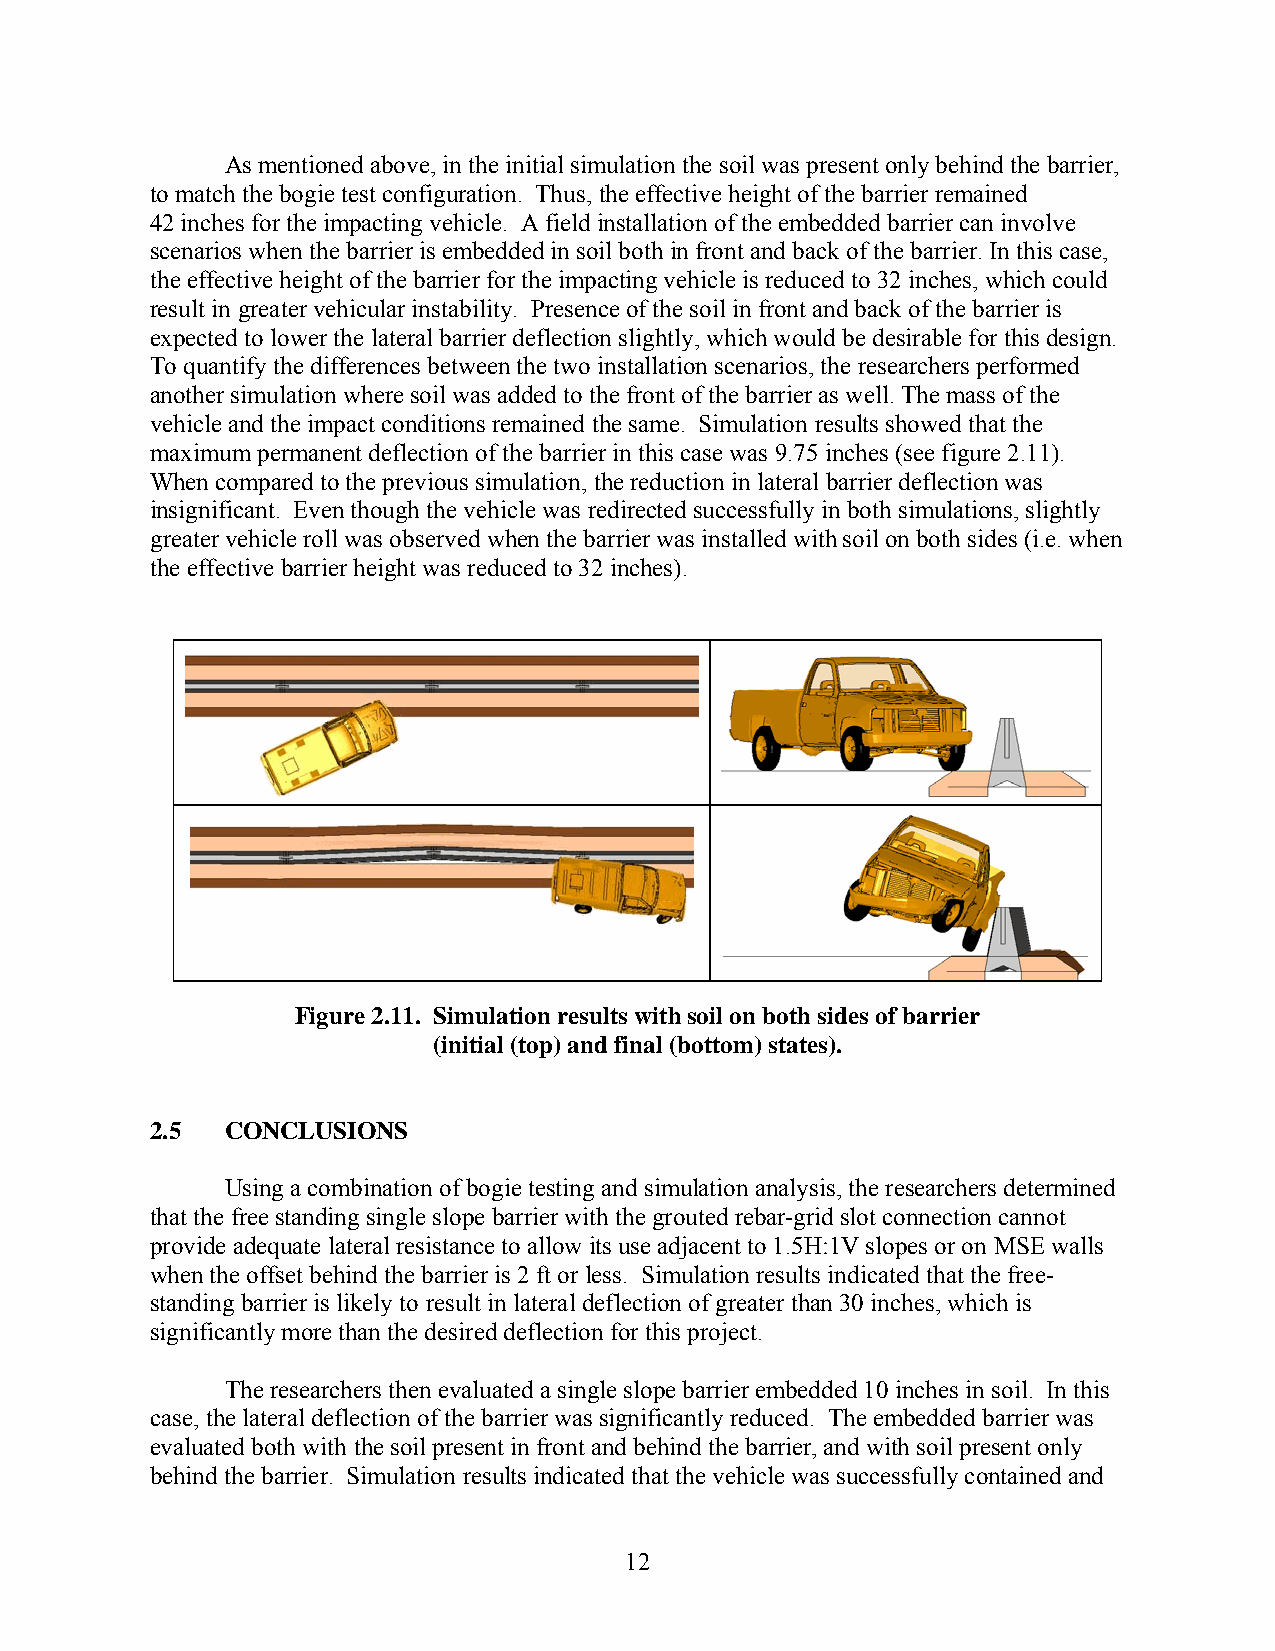
As mentioned above, in the initial simulation the soil was present only behind the barrier,
 to match the bogie test configuration. Thus, the effective height of the barrier remained
 42 inches for the impacting vehicle. A field installation of the embedded barrier can involve
 scenarios when the barrier is embedded in soil both in front and back of the barrier. In this case,
 the effective height of the barrier for the impacting vehicle is reduced to 32 inches, which could
 result in greater vehicular instability. Presence of the soil in front and back of the barrier is
 expected to lower the lateral barrier deflection slightly, which would be desirable for this design.
 To quantify the differences between the two installation scenarios, the researchers performed
 another simulation where soil was added to the front of the barrier as well. The mass of the
 vehicle and the impact conditions remained the same. Simulation results showed that the
 maximum permanent deflection of the barrier in this case was 9.75 inches (see figure 2.11).
 When compared to the previous simulation, the reduction in lateral barrier deflection was
 insignificant. Even though the vehicle was redirected successfully in both simulations, slightly
 greater vehicle roll was observed when the barrier was installed with soil on both sides (i.e. when
 the effective barrier height was reduced to 32 inches).
 Figure 2.11. Simulation results with soil on both sides of barrier
 (initial (top) and final (bottom) states).
 2.5  CONCLUSIONS
 Using a combination of bogie testing and simulation analysis, the researchers determined
 that the free standing single slope barrier with the grouted rebar-grid slot connection cannot
 provide adequate lateral resistance to allow its use adjacent to 1.5H:1V slopes or on MSE walls
 when the offset behind the barrier is 2 ft or less. Simulation results indicated that the free-
 standing barrier is likely to result in lateral deflection of greater than 30 inches, which is
 significantly more than the desired deflection for this project.
 The researchers then evaluated a single slope barrier embedded 10 inches in soil. In this
 case, the lateral deflection of the barrier was significantly reduced. The embedded barrier was
 evaluated both with the soil present in front and behind the barrier, and with soil present only
 behind the barrier. Simulation results indicated that the vehicle was successfully contained and
 12